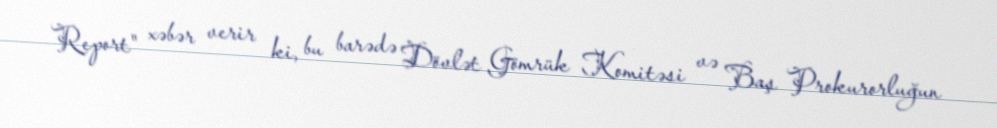
Report" xəbər verir ki, bu barədə Dövlət Gömrük Komitəsi və Baş Prokurorluğun